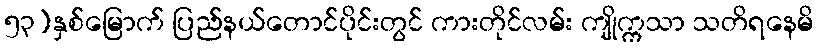
၅၃)နှစ်မြောက် ပြည်နယ်တောင်ပိုင်းတွင် ကားတိုင်လမ်း ကျိုက္ကသာ သတိရနေမိ